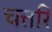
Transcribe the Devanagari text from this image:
चत्तरि